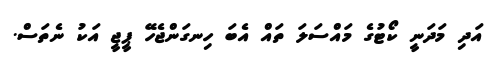
އަދި މަދަނީ ކޯޓުގެ މައްސަލަ ތައް އެބަ ހިނގަންޖެހޭ ޕީޖީ އަކު ނެތަސް.